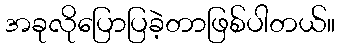
အခုလိုပြောပြခဲ့တာဖြစ်ပါတယ်။